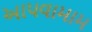
આપવામામ